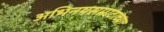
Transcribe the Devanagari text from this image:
अभिनयसम्राटाच्या